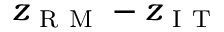
z _ { \mathrm { ~ R ~ M ~ } } - z _ { \mathrm { ~ I ~ T ~ } }